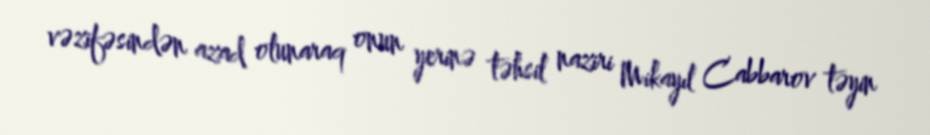
vəzifəsindən azad olunaraq onun yerinə təhsil naziri Mikayıl Cabbarov təyin